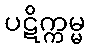
ပဋိက္ကမ္မ